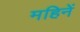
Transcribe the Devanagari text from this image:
महिनें